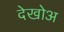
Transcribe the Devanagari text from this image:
देखोअ